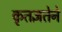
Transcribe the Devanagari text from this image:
कृतज्ञतेने